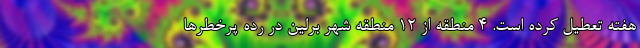
هفته تعطیل کرده است. 4 منطقه از 12 منطقه شهر برلین در رده پرخطرها